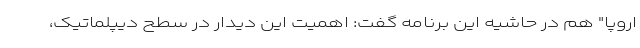
اروپا" هم در حاشیه این برنامه گفت: اهمیت این دیدار در سطح دیپلماتیک،